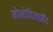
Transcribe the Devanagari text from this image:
मोनोपिलामेंट